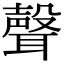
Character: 聲